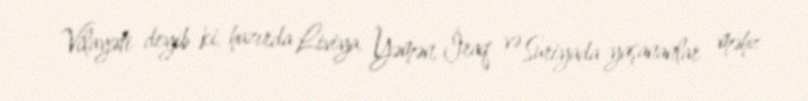
Vilayəti deyib ki, hazırda Liviya, Yəmən, İraq və Suriyada yaşananlar məhz